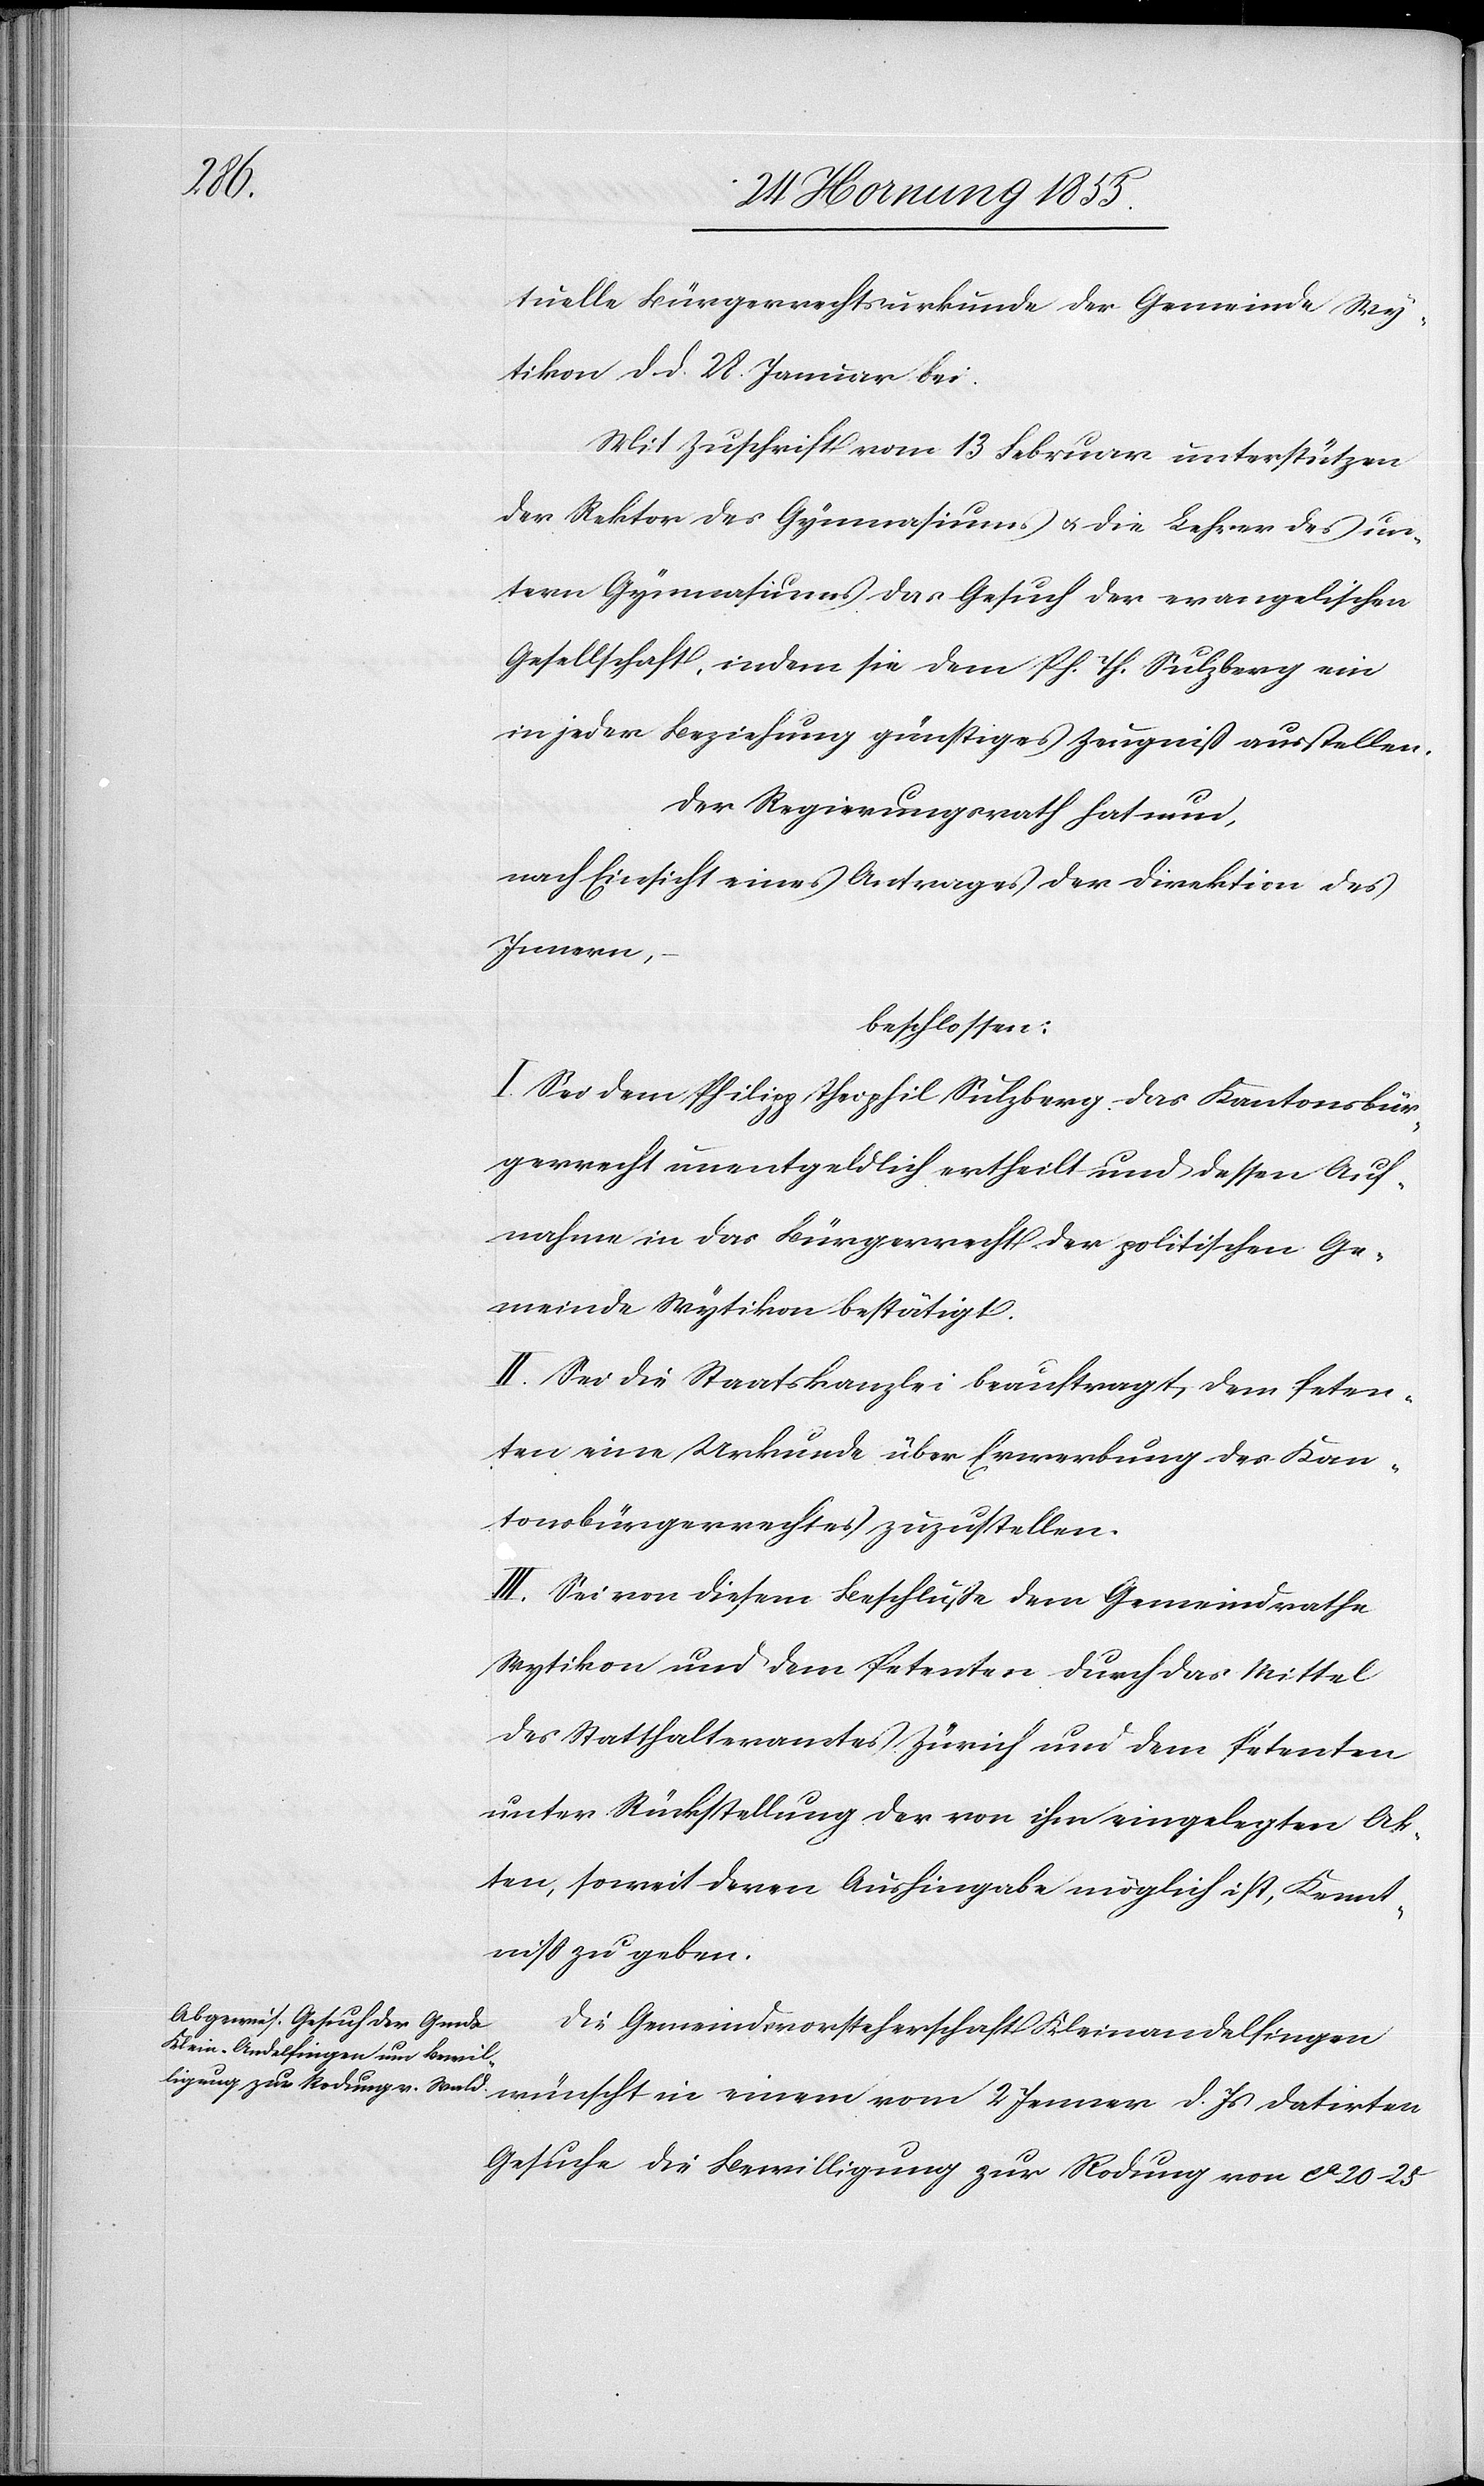
d.

tuelle Bürgerrechtsurkunde der Gemeinde Wy¬
tikon d. d. 28. Januar bei.
Mit Zuschrift vom 13 Februar unterstützen
der Rektor des Gymnasiums & die Lehrer des un¬
tern Gymnasiums das Gesuch der evangelischen
Gesellschaft, indem sie dem Ph. Th. Sulzberg ein
in jeder Beziehung günstiges Zeugniß ausstellen.
Der Regierungsrath hat nun,
nach Einsicht eines Antrages der Direktion des
Innern,
beschlossen:
I. Sei dem Philipp Theophil Sulzberg das Kantonsbür¬
gerrecht unentgeldlich ertheilt und dessen Auf¬
nahme in das Bürgerrecht der politischen Ge¬
meinde Wytikon bestätigt.
II. Sei die Staatskanzlei beauftragt, dem Peten¬
ten eine Urkunde über Erwerbung des Kan¬
tonsbürgerrechtes zuzustellen.
III. Sei von diesem Beschlusse dem Gemeindrathe
Wytikon und dem Petenten durch das Mittel
des Statthalteramtes Zürich und dem Petenten
unter Rückstellung der von ihm eingelegten Ak¬
ten, soweit deren Aushingabe möglich ist, Kennt¬
niss zu geben.
Die Gemeindsvorsteherschaft Kleinandelfingen
Gesuche die Bewilligung zur Rodung von ca 20–25